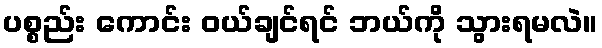
ပစ္စည်း ကောင်း ဝယ်ချင်ရင် ဘယ်ကို သွားရမလဲ။